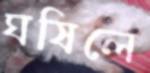
ঘষিলে